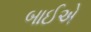
બાઈએ